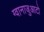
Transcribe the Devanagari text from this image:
ग्वानाजुआटो